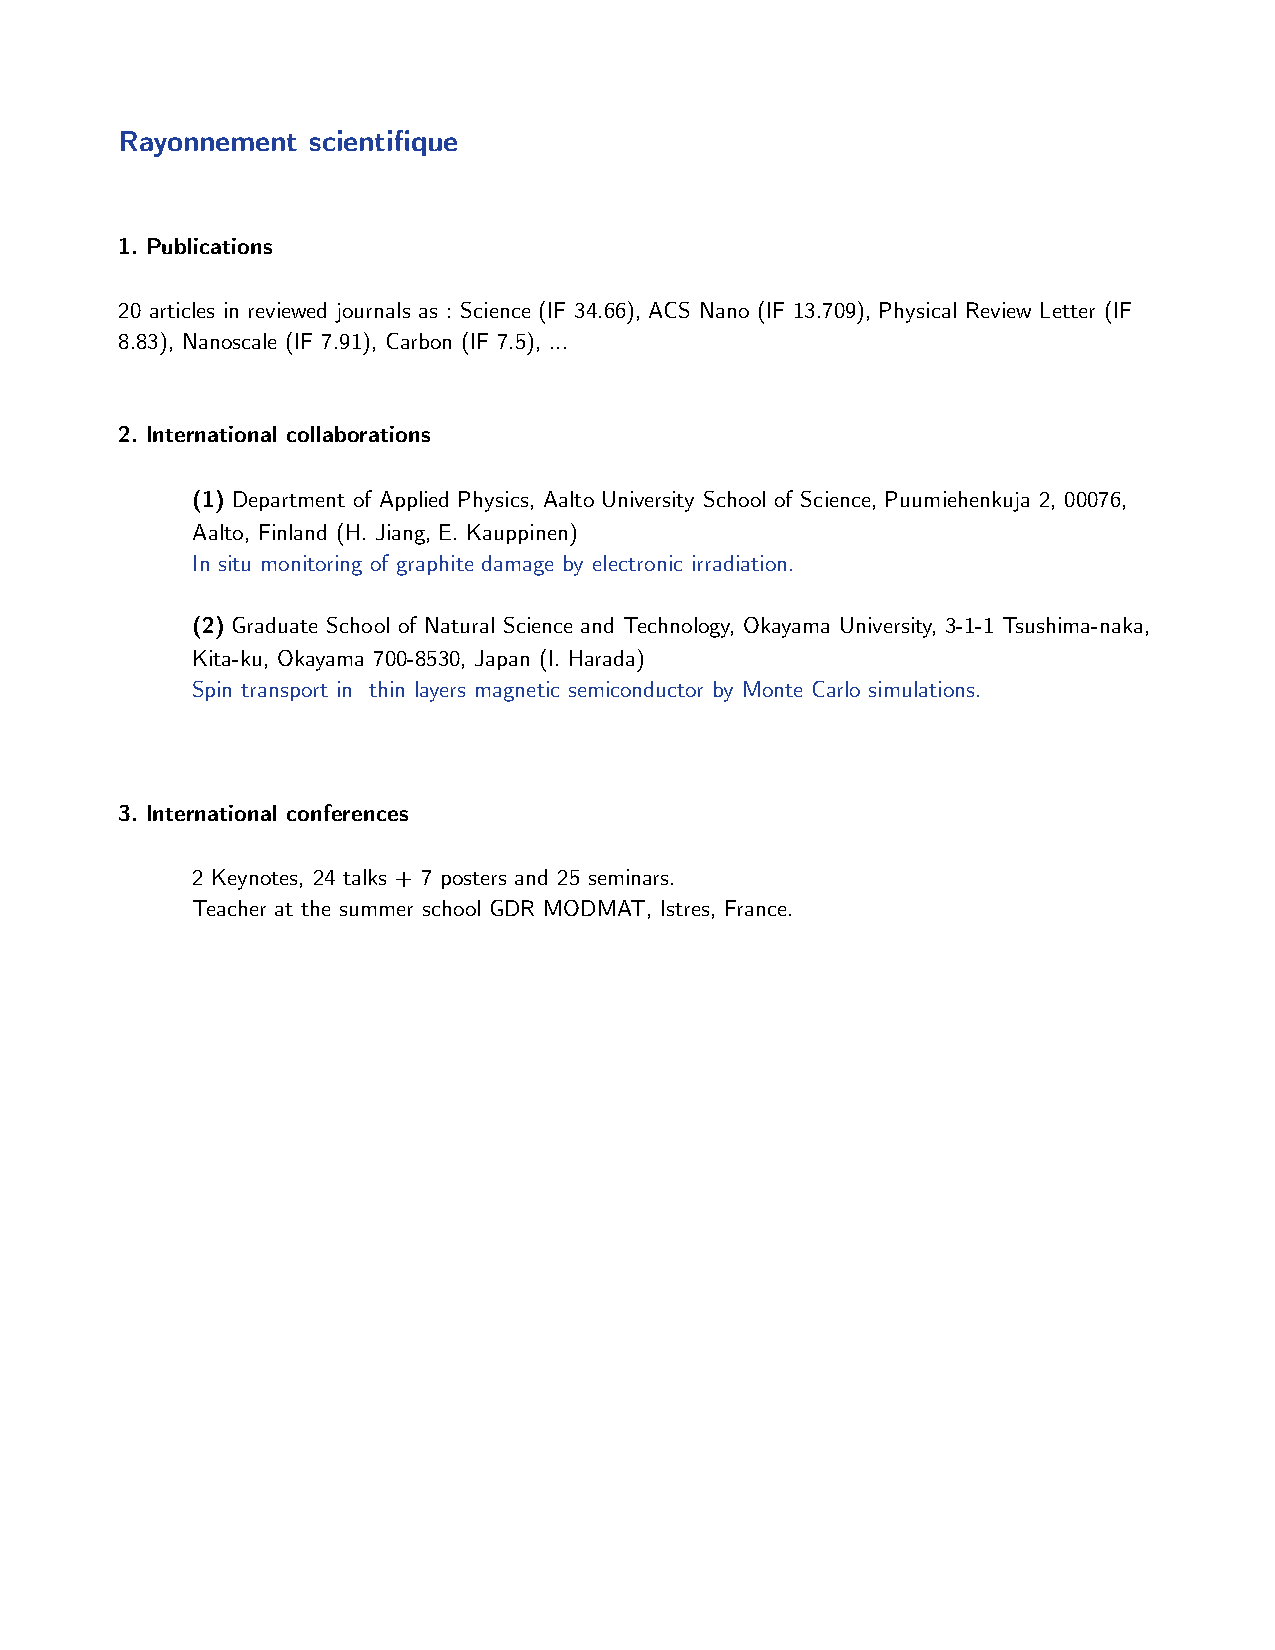
Rayonnement scientifique
 1. Publications
 20 articles in reviewed journals as : Science (IF 34.66), ACS Nano (IF 13.709), Physical Review Letter (IF
 8.83), Nanoscale (IF 7.91), Carbon (IF 7.5), ...
 2. International collaborations
 (1) Department of Applied Physics, Aalto University School of Science, Puumiehenkuja 2, 00076,
 Aalto, Finland (H. Jiang, E. Kauppinen)
 In situ monitoring of graphite damage by electronic irradiation.
 (2) Graduate School of Natural Science and Technology, Okayama University, 3-1-1 Tsushima-naka,
 Kita-ku, Okayama 700-8530, Japan (I. Harada)
 Spin transport in thin layers magnetic semiconductor by Monte Carlo simulations.
 3. International conferences
 2 Keynotes, 24 talks + 7 posters and 25 seminars.
 Teacher at the summer school GDR MODMAT, Istres, France.